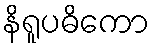
နိရူပဓိကော